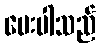
ပေးပါသည်